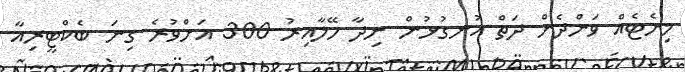
މިނެޓެއް ވަންދެން ދަތް އުނގުޅުން ނިދާ ހޭލާއިރު 300 އަށްވުރެ ގިނަ ބެކްޓީރިއާ